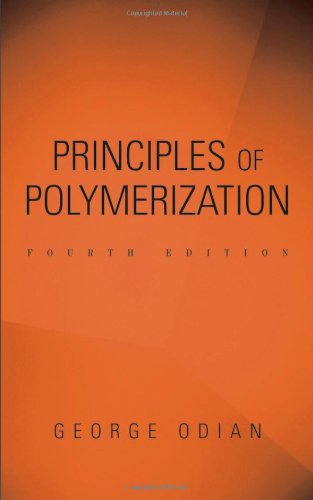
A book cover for Principles of Polymerization; George Odian; Science & Math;